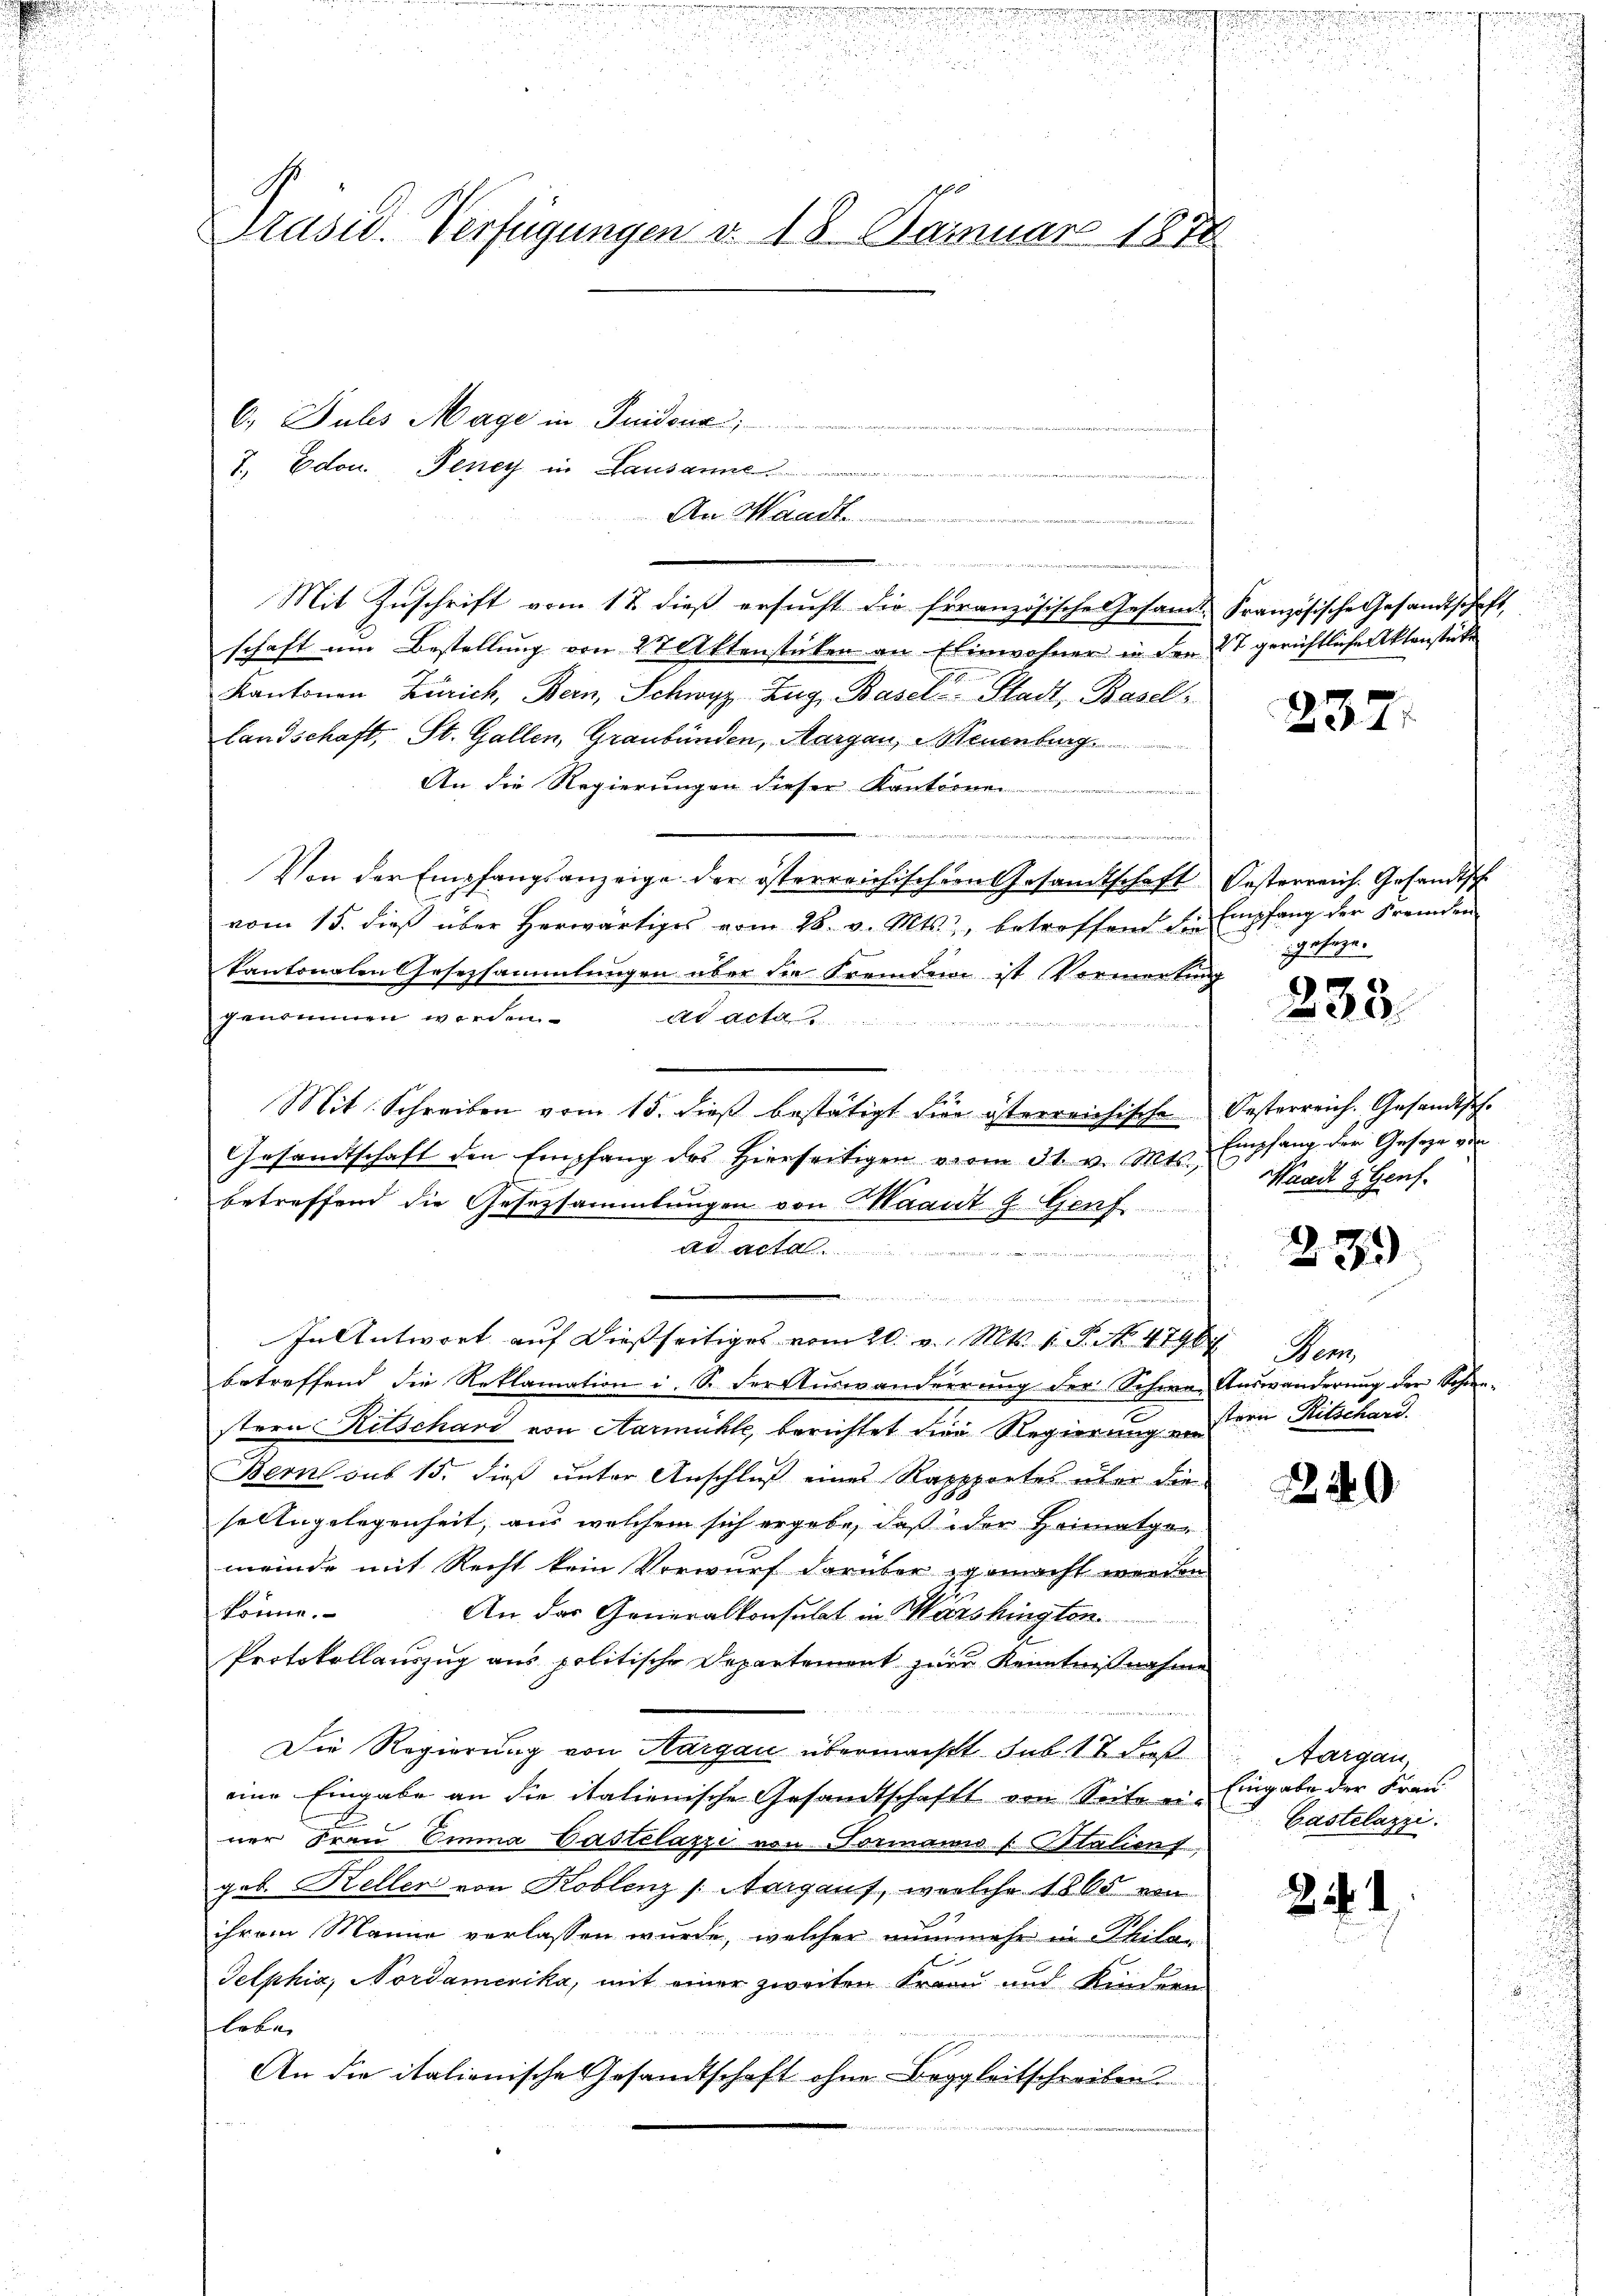
.
.
Präsid. Verfügungen d. 18. Januar 1874

2

n
An Waadt
e
Mit Zuschrift vom 17. dieß ersucht die französische Gesamt Französische Gesandtschaft,
schaft um Bestellung von 27 Aktenstücken an Einwohner in der 27 gerichtliche Aktenstücke
Kantonen Zürich, Bern, Schwyz, Zug, Basel Stadt, Basel¬
Landschaft, St. Gallen, Graubünden, Aargau, Neuenburg
An die Regierungen dieser Kantonnen
u

.
Von der Empfangsanzeige der österreichischen Gesandtschaft Oesterreich. Gesandtsch
vom 15. dieß über herwärtiges vom 26. v. Mts., betreffend der Empfang der Fremden
kantonalen Gesetzsammlungen über die Fremden ist Vormerkung
genommen werden.
et acta

Mit Schreiben vom 15. dieß bestätigt für österreichische
Gesandtschaft den Empfang des hierseitigen vom 31. v. Mts., Waadt & Genf.
betreffend die Gesetzsammlungen von Maant J. Genf.
ad acta
eiden seine gar
 ee gegen mit de
i
In Antwort auf dießseitiges vom 20. v. Mts. 1. P. No. 4790
betreffend die Reklamation i. S. der Auswanderrung der Schwere Auswanderŭng der Schien-
stern Ritschard von Aarmühle, berichtet der Regierung an den Ritschard.
Bern sub 15. dieß unter Anschluß eines Rappportes über die
selingelegenheit, aus welchem sich ergebe, daß der Heimatgemeinde mit Recht kein Vorwurf darüber gemacht werden
könne.
An das Generalkonsulat in Marshingten.
Protokollauszug aus politische Departement zur Kenntnißnahme
Die Regierung von Aargau übermacht sub. 17 dießeine Eingabe an die italienische Gesandtschaft von Seite ei-
ner Frau Emma Gastelazzi von Formanio (Sitalien,
Job. Heller von Koblenz (Aargauf, welche 1865 von
ihrem Manne verlassen wurde, welcher nunmehr in Philan
Selphia, Nordamerika, mit einer zweiten Franz und Kindern
loben
An die italionische Gesandtschaft ohne Beggleitschreiben.

6. Juls Mage in Guidous
T. Edon, Teney in Lausanne

237.

gesage.

235

Oesterreich. Gesandtsch.
Empfang der Geseze von

27

Pen

20

Aargau,
Eingabe der Frau
Castelazzi.

.